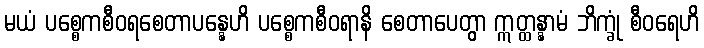
မယံ ပစ္စေကစီဝရစေတာပန္နေဟိ ပစ္စေကစီဝရာနိ စေတာပေတွာ ဣတ္ထန္နာမံ ဘိက္ခုံ စီဝရေဟိ